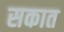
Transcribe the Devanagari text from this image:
सकात